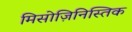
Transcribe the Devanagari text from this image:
मिसोज़िनिस्तिक